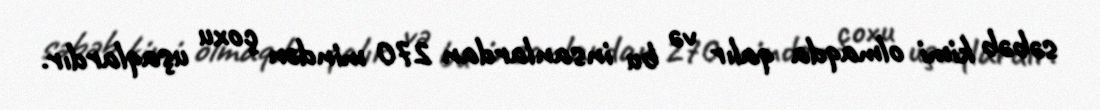
səbəb kimi olmaqda qalır və bu insanlardan 270 mindən çoxu uşaqlardır.